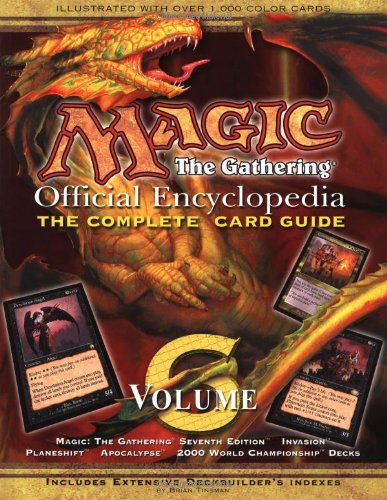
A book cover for Magic: The Gathering -- Official Encyclopedia, Volume 6: The Complete Card Guide; Brian Tinsman; Science Fiction & Fantasy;